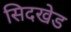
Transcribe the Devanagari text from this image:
सिदखेड